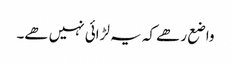
واضع رھے کہ یہ لڑائی نہیں ھے۔